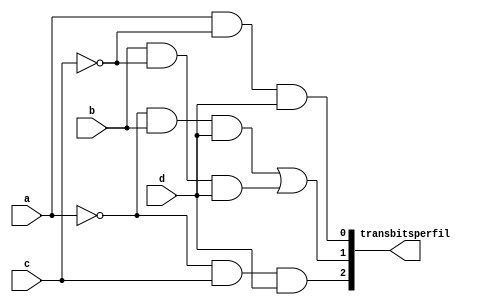
module transferencia_bits_perfil(
	input a,b,c,d,
	output wire [2:0] transbitsperfil
);
wire [8:0] data;
not not0(a1,a);
not not1(b1,a);
not not3(c1,c);
not not4(d1,d);
//primeira saida
and and0(data[0],a,b1,d);
and and1(data[1],a,c1,d);
or or0(transbitsperfil[0],data[0],data[1]);
//segunda saida
and and2(data[2],a1,b,d);
and and3(data[3],b,c1,d);
or or1(transbitsperfil[1],data[2],data[3]);
//terceira saida
and and4(data[4],a1,c,d);
and and5(data[5],b1,c,d);
or or2(transbitsperfil[2],data[4],data[5]);
endmodule 	
//passa os bits do perfil da interface 1 caso ele seja vlido ou 000